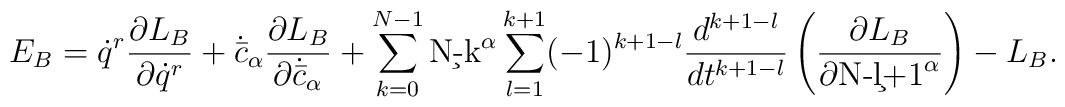
E_B = \dot q^r \frac{\partial L_B}{\partial \dot q^r} + \dot{\bar{c}}_\alpha\frac{\partial L_B}{\partial \dot{\bar{c}}_\alpha} + \sum_{k=0}^{N-1}\c{N-k}^\alpha \sum_{l=1}^{k+1} (-1)^{k+1-l} \frac{d^{k+1-l}}{dt^{k+1-l}}\left( \frac{\partial L_B}{\partial \c{N-l+1}^\alpha} \right) - L_B .